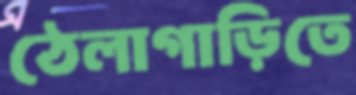
ঠেলাগাড়িতে